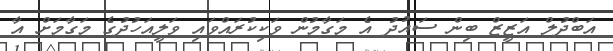
އަބްދުލް އަޒީޒް ބިން ސައުދު އެ މަގާމުން ވަކިކުރައްވައި ވަލީއަހުދުގެ މަގާމަށް އާ